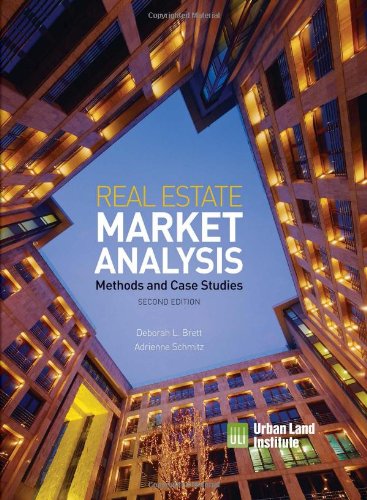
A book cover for Real Estate Market Analysis: Methods and Case Studies, Second Edition; Deborah L. Brett; Business & Money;